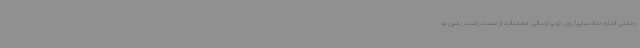
رحمتی اجازه نداد سایپا روی توپ ارسالی محمدفرد از سمت راست زمین به